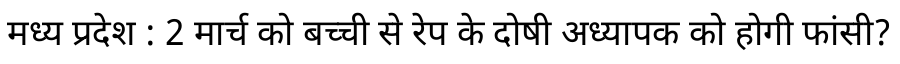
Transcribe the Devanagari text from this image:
मध्य प्रदेश : 2 मार्च को बच्ची से रेप के दोषी अध्यापक को होगी फांसी?